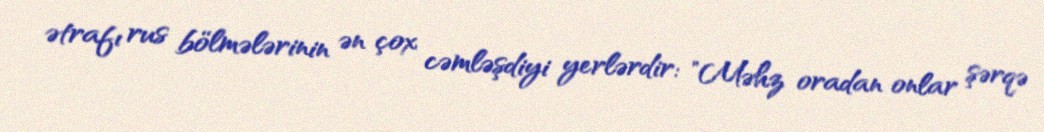
ətrafı rus bölmələrinin ən çox cəmləşdiyi yerlərdir: "Məhz oradan onlar şərqə